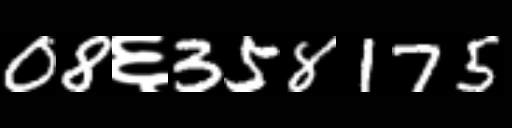
Text: 08६358175